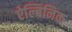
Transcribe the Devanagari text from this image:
ऐल्बिनिक